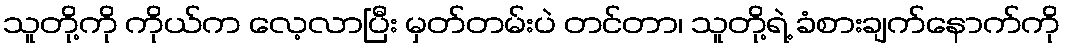
သူတို့ကို ကိုယ်က လေ့လာပြီး မှတ်တမ်းပဲ တင်တာ၊ သူတို့ရဲ့ ခံစားချက်နောက်ကို